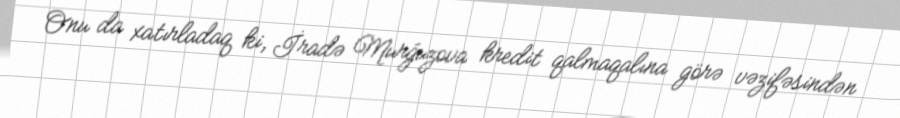
Onu da xatırladaq ki, İradə Murğuzova kredit qalmaqalına görə vəzifəsindən